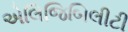
એલિજિબિલીટી